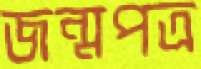
জন্মপত্র